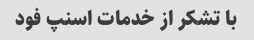
با تشکر از خدمات اسنپ فود